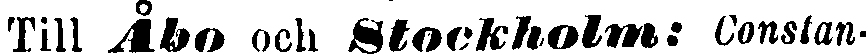
Till Åbo och Stockholm: Constan-